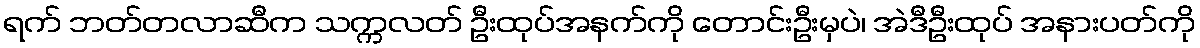
ရက် ဘတ်တလာဆီက သက္ကလတ် ဦးထုပ်အနက်ကို တောင်းဦးမှပဲ၊ အဲဒီဦးထုပ် အနားပတ်ကို